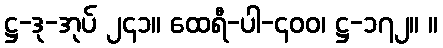
ဋ္ဌ-ဒု-အုပ် ၂၄၁။ ထေရီ-ပါ-၄၀၀၊ ဋ္ဌ-၁၇၂။ ။